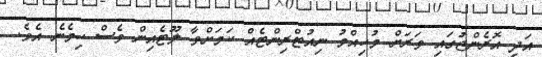
އަދި އޮރެންޖުގައި ވަރަށް މުހިއްމު ނިއުޓްރިންޓެއް ކަމަށްވާ ލޫޓެއިން ވެސް ހިމެނެ އެވެ.